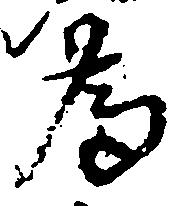
為